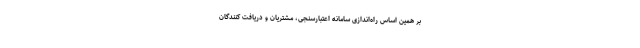
بر همین اساس راه‌اندازی سامانه اعتبارسنجی، مشتریان و دریافت کنندگان